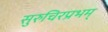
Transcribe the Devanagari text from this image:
सुरुचिरप्रभम्